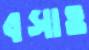
বসাও